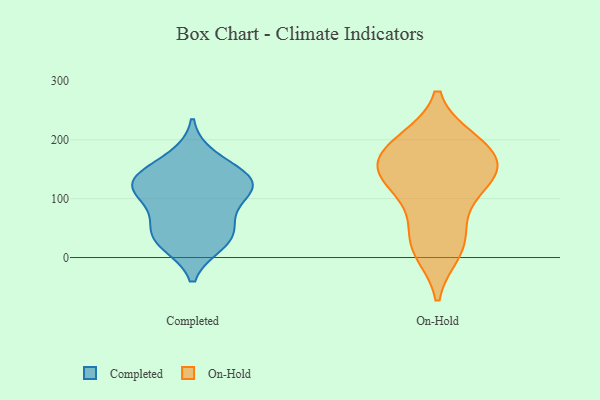
{"axis": {"x": "Bounce Rate (%)", "y": "Value"}, "legend": ["Completed", "On-Hold"], "data": [{"x": "", "y": 93, "type": "Completed"}, {"x": "", "y": 24, "type": "Completed"}, {"x": "", "y": 133, "type": "Completed"}, {"x": "", "y": 33, "type": "Completed"}, {"x": "", "y": 37, "type": "Completed"}, {"x": "", "y": 170, "type": "Completed"}, {"x": "", "y": 118, "type": "Completed"}, {"x": "", "y": 119, "type": "Completed"}, {"x": "", "y": 133, "type": "Completed"}, {"x": "", "y": 60, "type": "Completed"}, {"x": "", "y": 131, "type": "Completed"}, {"x": "", "y": 11, "type": "On-Hold"}, {"x": "", "y": 170, "type": "On-Hold"}, {"x": "", "y": 139, "type": "On-Hold"}, {"x": "", "y": 198, "type": "On-Hold"}, {"x": "", "y": 151, "type": "On-Hold"}, {"x": "", "y": 36, "type": "On-Hold"}, {"x": "", "y": 141, "type": "On-Hold"}, {"x": "", "y": 146, "type": "On-Hold"}, {"x": "", "y": 121, "type": "On-Hold"}, {"x": "", "y": 192, "type": "On-Hold"}, {"x": "", "y": 194, "type": "On-Hold"}, {"x": "", "y": 81, "type": "On-Hold"}, {"x": "", "y": 18, "type": "On-Hold"}]}